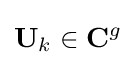
\mathbf {U} _{k}\in \mathbf {C} ^{g}